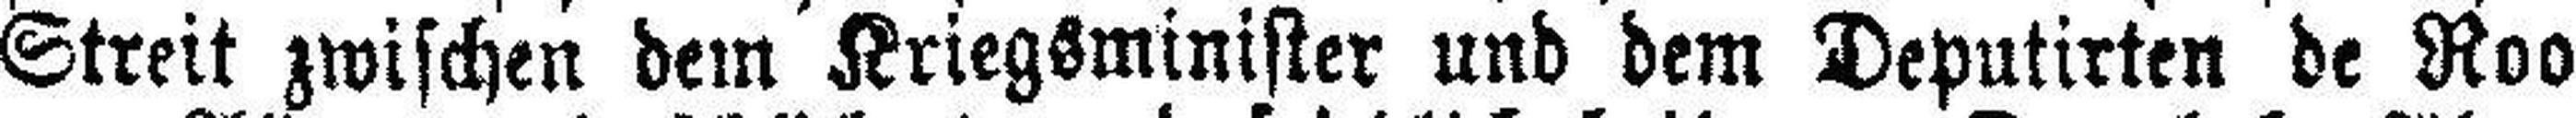
Streit zwischen dem Kriegsminister und dem Deputirten de Roo